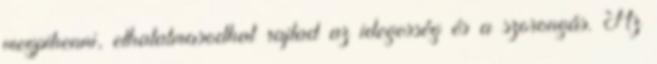
megpihenni, elhatalmasodhat rajtad az idegesség és a szorongás. Az